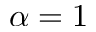
\alpha = 1